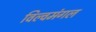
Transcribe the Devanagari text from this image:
विल्वमंगल